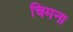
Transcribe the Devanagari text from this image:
चिमना